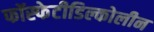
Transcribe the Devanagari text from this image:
फॉस्फेटीडिल्कोलीन